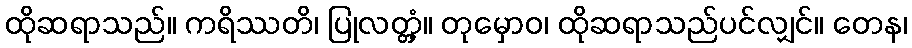
ထိုဆရာသည်။ ကရိဿတိ၊ ပြုလတ္တံ့။ တုမှောဝ၊ ထိုဆရာသည်ပင်လျှင်။ တေန၊